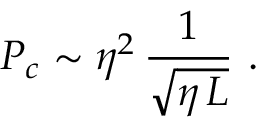
P _ { c } \sim \eta ^ { 2 } \, \frac { 1 } { \sqrt { \eta \, L } } \, \, .